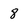
Character: 8